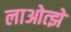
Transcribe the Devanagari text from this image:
लाओत्झे